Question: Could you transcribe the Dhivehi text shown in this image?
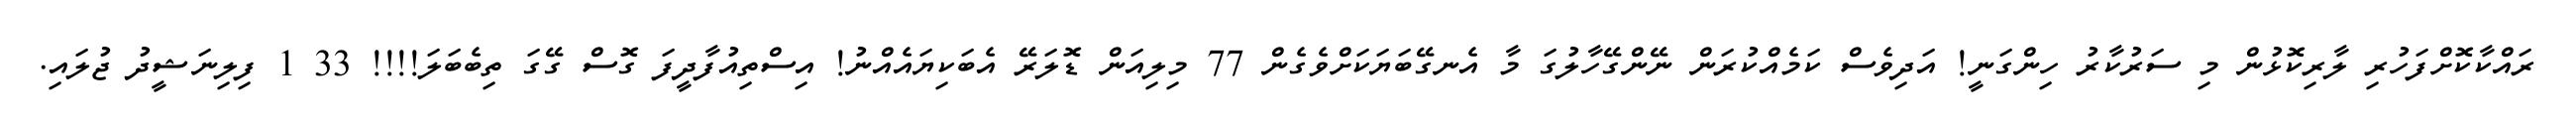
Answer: ރައްކާކޮށްފަހުރި ލާރިކޮޅުން މި ސަރުކާރު ހިންގަނީ! އަދިވެސް ކަމެއްކުރަން ނޭންގޭހާލުގަ މާ އެނގޭބަޔަކަށްވެގެން 77 މިލިއަން ޑޮލަރޭ އެބަކިޔައެއްނު! އިސްތިއުފާދީފަ ގޮސް ގޭގަ ތިބެބަލަ!!!! 33 1 ފިލިނަޝީދު ޖުލައި.